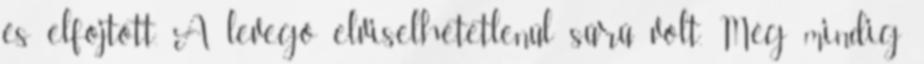
és elfojtott. A levegő elviselhetetlenül sűrű volt. Még mindig